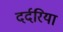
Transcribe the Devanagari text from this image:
दर्दरिया